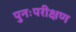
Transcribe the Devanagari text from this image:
पुनःपरीक्षण